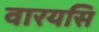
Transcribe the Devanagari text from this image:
वारयसि